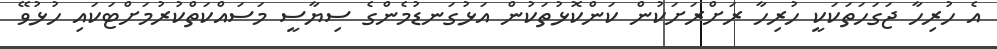
އެ ހުރިހާ ޖަގަހަތަކަކީ ހުރިހާ ރަށްރަށަކުން ކަންކޮޅުތަކުން އަޅުގަނޑުމެންގެ ސިޔާސީ މަސައްކަތްކުރުމަށްޓަކައި ހުޅުވޭ